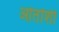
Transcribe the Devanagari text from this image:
ओतोशी